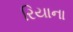
રિયાના